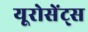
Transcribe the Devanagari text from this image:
यूरोसेंट्स